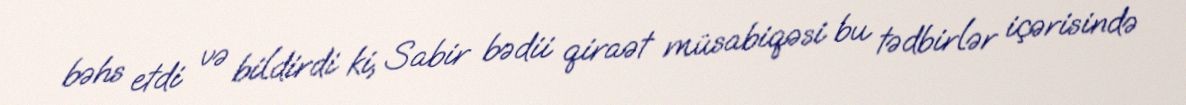
bəhs etdi və bildirdi ki, Sabir bədii qiraət müsabiqəsi bu tədbirlər içərisində